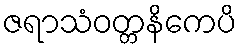
ဇရာသံဝတ္တနိကေပိ